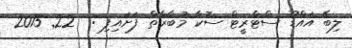
ލިބޭ އައްޑޫ ސްޓްރީޓް ސޮކާ މުބާރާތް ފަށައިފި :  22